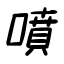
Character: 噴